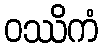
ဝဿိကံ